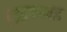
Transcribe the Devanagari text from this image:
मुझ्झफराबाद